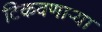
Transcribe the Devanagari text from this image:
टिकवणाऱ्या